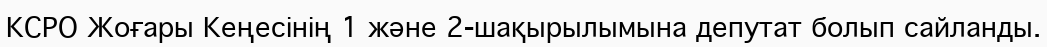
КСРО Жоғары Кеңесінің 1 және 2-шақырылымына депутат болып сайланды.